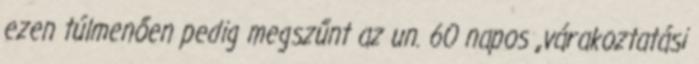
ezen túlmenően pedig megszűnt az un. 60 napos „várakoztatási